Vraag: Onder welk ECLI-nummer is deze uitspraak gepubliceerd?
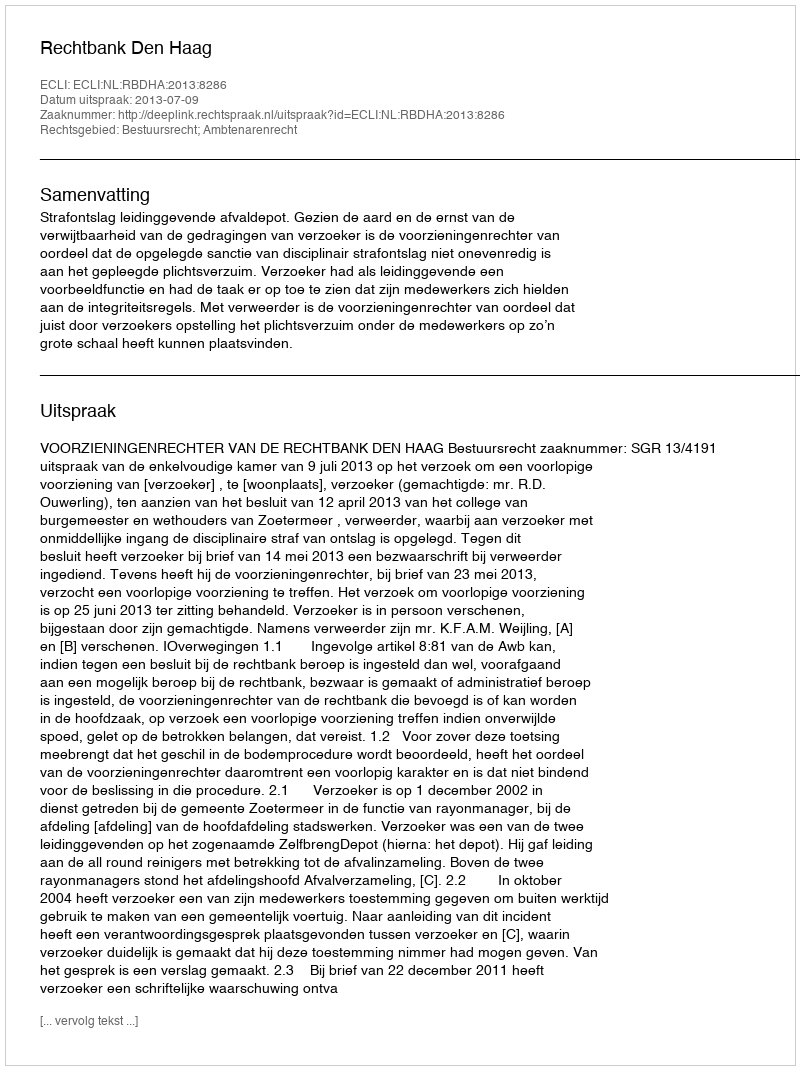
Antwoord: ECLI:NL:RBDHA:2013:8286